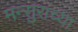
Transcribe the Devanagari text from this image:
मन्सुरांच्या